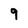
Character: 9